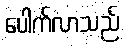
ပေါက်လာသည်